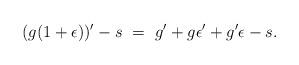
LaTeX: \begin{align*}(g(1+\epsilon))'-s \ =\ g'+g\epsilon'+g'\epsilon-s.\end{align*}